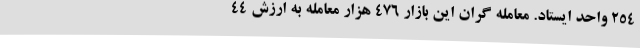
۲۵۴ واحد ایستاد. معامله گران این بازار ۴۷۶ هزار معامله به ارزش ۴۴